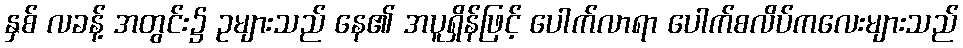
နှစ် လခန့် အတွင်း၌ ဥများသည် နေ၏ အပူရှိန်ဖြင့် ပေါက်လာရာ ပေါက်စလိပ်ကလေးများသည်